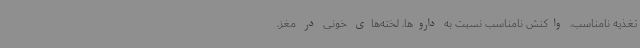
تغذیه نامناسب، واکنش نامناسب نسبت به داروها، لخته‌های خونی در مغز،